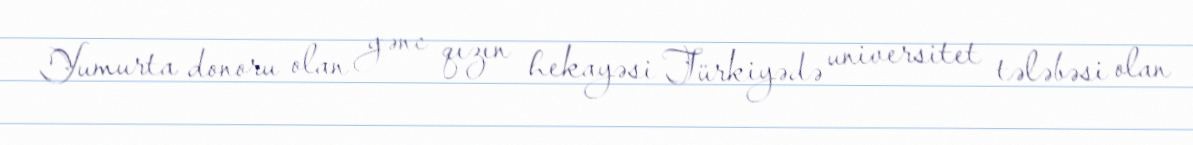
Yumurta donoru olan gənc qızın hekayəsi Türkiyədə universitet tələbəsi olan